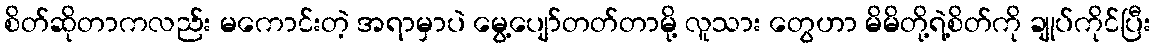
စိတ်ဆိုတာကလည်း မကောင်းတဲ့ အရာမှာပဲ မွေ့ပျော်တတ်တာမို့ လူသား တွေဟာ မိမိတို့ရဲ့စိတ်ကို ချုပ်ကိုင်ပြီး